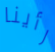
رأينا